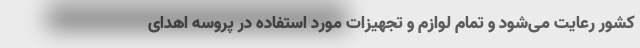
کشور رعایت می‌شود و تمام لوازم و تجهیزات مورد استفاده در پروسه اهدای